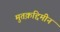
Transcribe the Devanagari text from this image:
मुतक़द्दिमीन